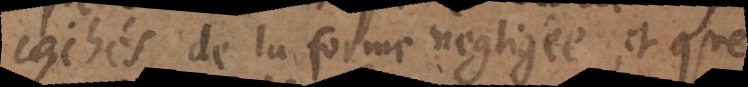
cachés de la forme négligée, et que